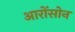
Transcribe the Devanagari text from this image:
आरोंसोन